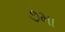
૭મા